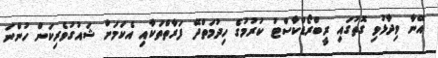
އޭނާ ވިދާޅުވި ގޮތުގައި ރީބްރޯޑްކާސްޓު ކުރުމުގެ ހިދުމަތްދޭ ފަރާތްތަކާއި އެކަމަށް ޝައުގުވެރިކަން ހުންނަ